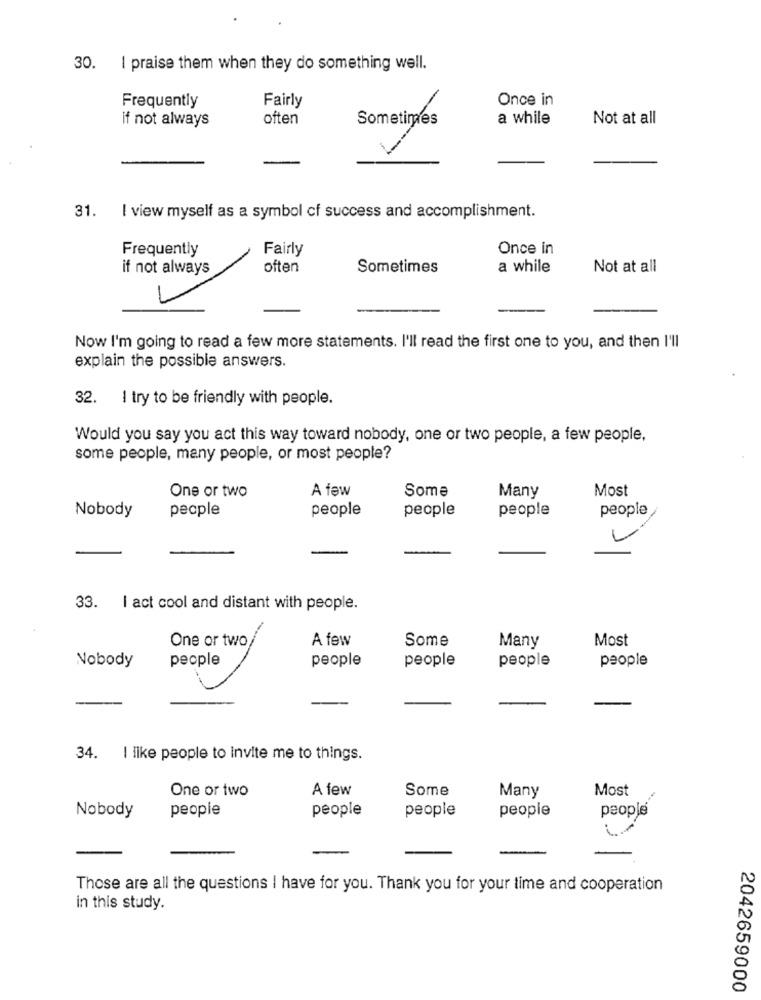
30. I praise them when they do something well.
Fairly
Once in
Frequently
if not always
often
Sometimes
a while
Not at all
31.
I view myself as a symbol cf success and accomplishment.
Frequently
Fairly
Once in
if not always
often
Sometimes
a while
Not at all
Now I'm going to read a few more statements. I'll read the first one to you, and then I'll
explain the possible answers.
32. I try to be friendly with people.
Would you say you act this way toward nobody, one or two people, a few people,
some people, many people, or most people?
A few
Some
Most
One or two
Many
people
people
people
people
people
Nobody
33. I act cool and distant with people.
One or two
A few
Most
Some
Many
people
people
people
people
people
Nobody
34. I ilke people to invite me to things.
One or two
A few
Some
Most
Many
people
people
people
people
Nobody
people
Those are all the questions I have for you. Thank you for your time and cooperation
in this study.
2042659000